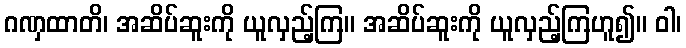
ဂဏှထာတိ၊ အဆိပ်ဆူးကို ယူလှည့်ကြ။ အဆိပ်ဆူးကို ယူလှည့်ကြဟူ၍။ ဝါ၊